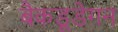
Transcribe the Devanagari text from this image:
बैकडूडेगन